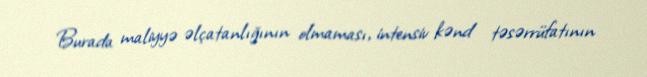
Burada maliyyə əlçatanlığının olmaması, intensiv kənd təsərrüfatının